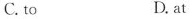
C.to D.at